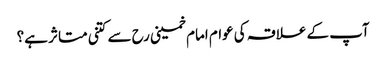
آپ کے علاقہ کی عوام امام خمینی رح سے کتنی متاثر ہے؟